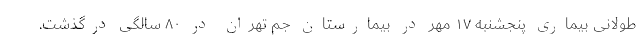
طولانی بیماری پنجشنبه ۱۷ مهر در بیمارستان جم تهران در ۸۰ سالگی درگذشت.